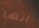
انها